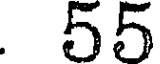
. 55